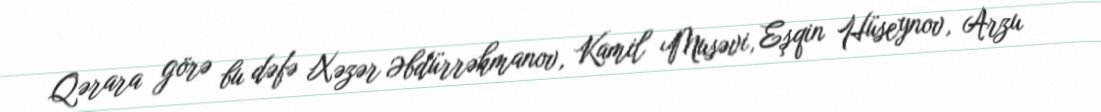
Qərara görə bu dəfə Xəzər Əbdürrəhmanov, Kamil Musəvi, Eşqin Hüseynov, Arzu